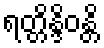
ရတ္တိန္ဒိဝန္တိ